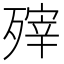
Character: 㱰